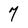
Character: 7